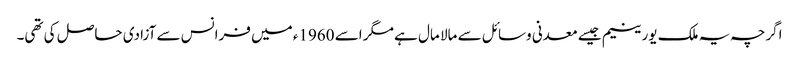
اگرچہ یہ ملک یورینیم جیسے معدنی وسائل سے مالا مال ہے مگر اسے 1960ء میں فرانس سے آزادی حاصل کی تھی۔